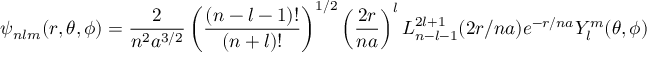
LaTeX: \psi _ { n l m } ( r , \theta , \phi ) = \frac { 2 } { n ^ { 2 } a ^ { 3 / 2 } } \left( \frac { ( n - l - 1 ) ! } { ( n + l ) ! } \right) ^ { 1 / 2 } \left( \frac { 2 r } { n a } \right) ^ { l } L _ { n - l - 1 } ^ { 2 l + 1 } ( 2 r / n a ) e ^ { - r / n a } Y _ { l } ^ { m } ( \theta , \phi )